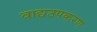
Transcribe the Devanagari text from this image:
वाद्यउपकरण